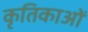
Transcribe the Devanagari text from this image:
कृतिकाओं